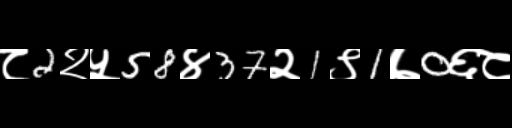
Text: ८2२५58४37२1९1७0६८